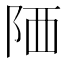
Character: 䧈